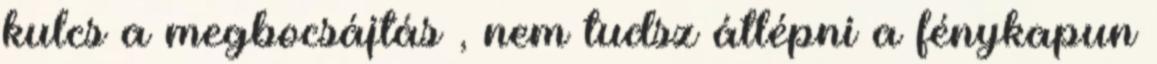
kulcs a megbocsájtás , nem tudsz átlépni a fénykapun